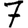
Digit: 7